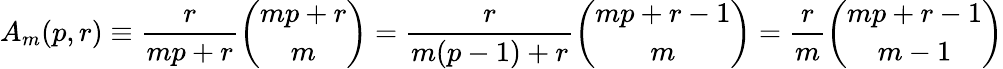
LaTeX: A_{m}(p,r)\equiv{\frac{r}{mp+r}}{\binom{mp+r}{m}}={\frac{r}{m(p-1)+r}}{\binom{mp+r-1}{m}}={\frac{r}{m}}{\binom{mp+r-1}{m-1}}